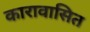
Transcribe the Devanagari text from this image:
कारावासित